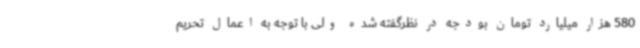
580 هزار میلیارد تومان بودجه در نظرگفته شده ولی با توجه به اعمال تحریم